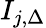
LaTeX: I_{j,\Delta}